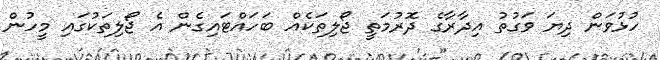
ހުޅުވަން ދިޔަ ވަގުތު އިދާރާގެ ދޮރުމަތީ ޖޯލިތަކެއް ބަހައްޓައިގެން އެ ޖޯލިތަކުގައި މީހުން